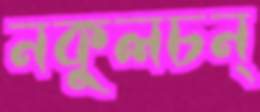
নকুলচন্